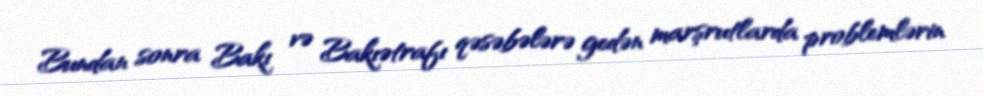
Bundan sonra Bakı və Bakıətrafı qəsəbələrə gedən marşrutlarda problemlərin